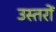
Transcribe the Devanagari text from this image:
उस्तरों